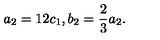
a _ { 2 } = 1 2 c _ { 1 } , b _ { 2 } = \frac { 2 } { 3 } a _ { 2 } .